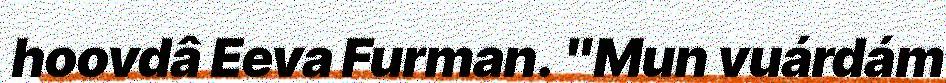
hoovdâ Eeva Furman. "Mun vuárdám